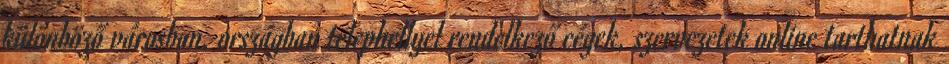
különböző városban, országban telephellyel rendelkező cégek, szervezetek online tarthatnak